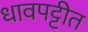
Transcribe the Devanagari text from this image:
धावपट्टीत